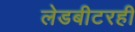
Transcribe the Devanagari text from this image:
लेडबीटरही